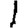
Digit: 1